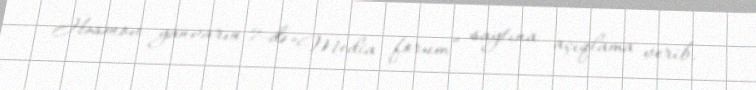
Həsənov yanvarın 7-də “Media forum” saytına açıqlama verib.